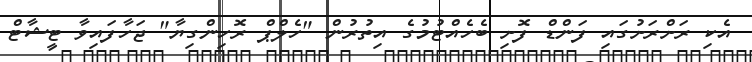
އެކި ރަށްރަށުގައި ފަންޑް ފޮށި ބެހެއްޓުމުގެ އިތުރުން "ހެލްޕް ރޮހިންގިޔާ" ޖަހާފައިވާ ޓީޝާޓް